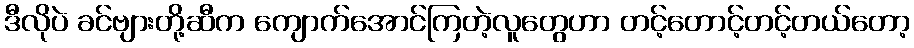
ဒီလိုပဲ ခင်ဗျားတို့ဆီက ကျောက်အောင်ကြတဲ့လူတွေဟာ တင့်တောင့်တင့်တယ်တော့